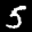
Label: 5